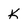
Character: K